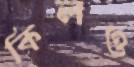
কিলও